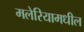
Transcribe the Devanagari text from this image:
मलेरियामधील